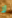
لا